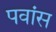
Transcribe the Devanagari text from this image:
पवांस